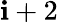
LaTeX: \mathbf{i}+2